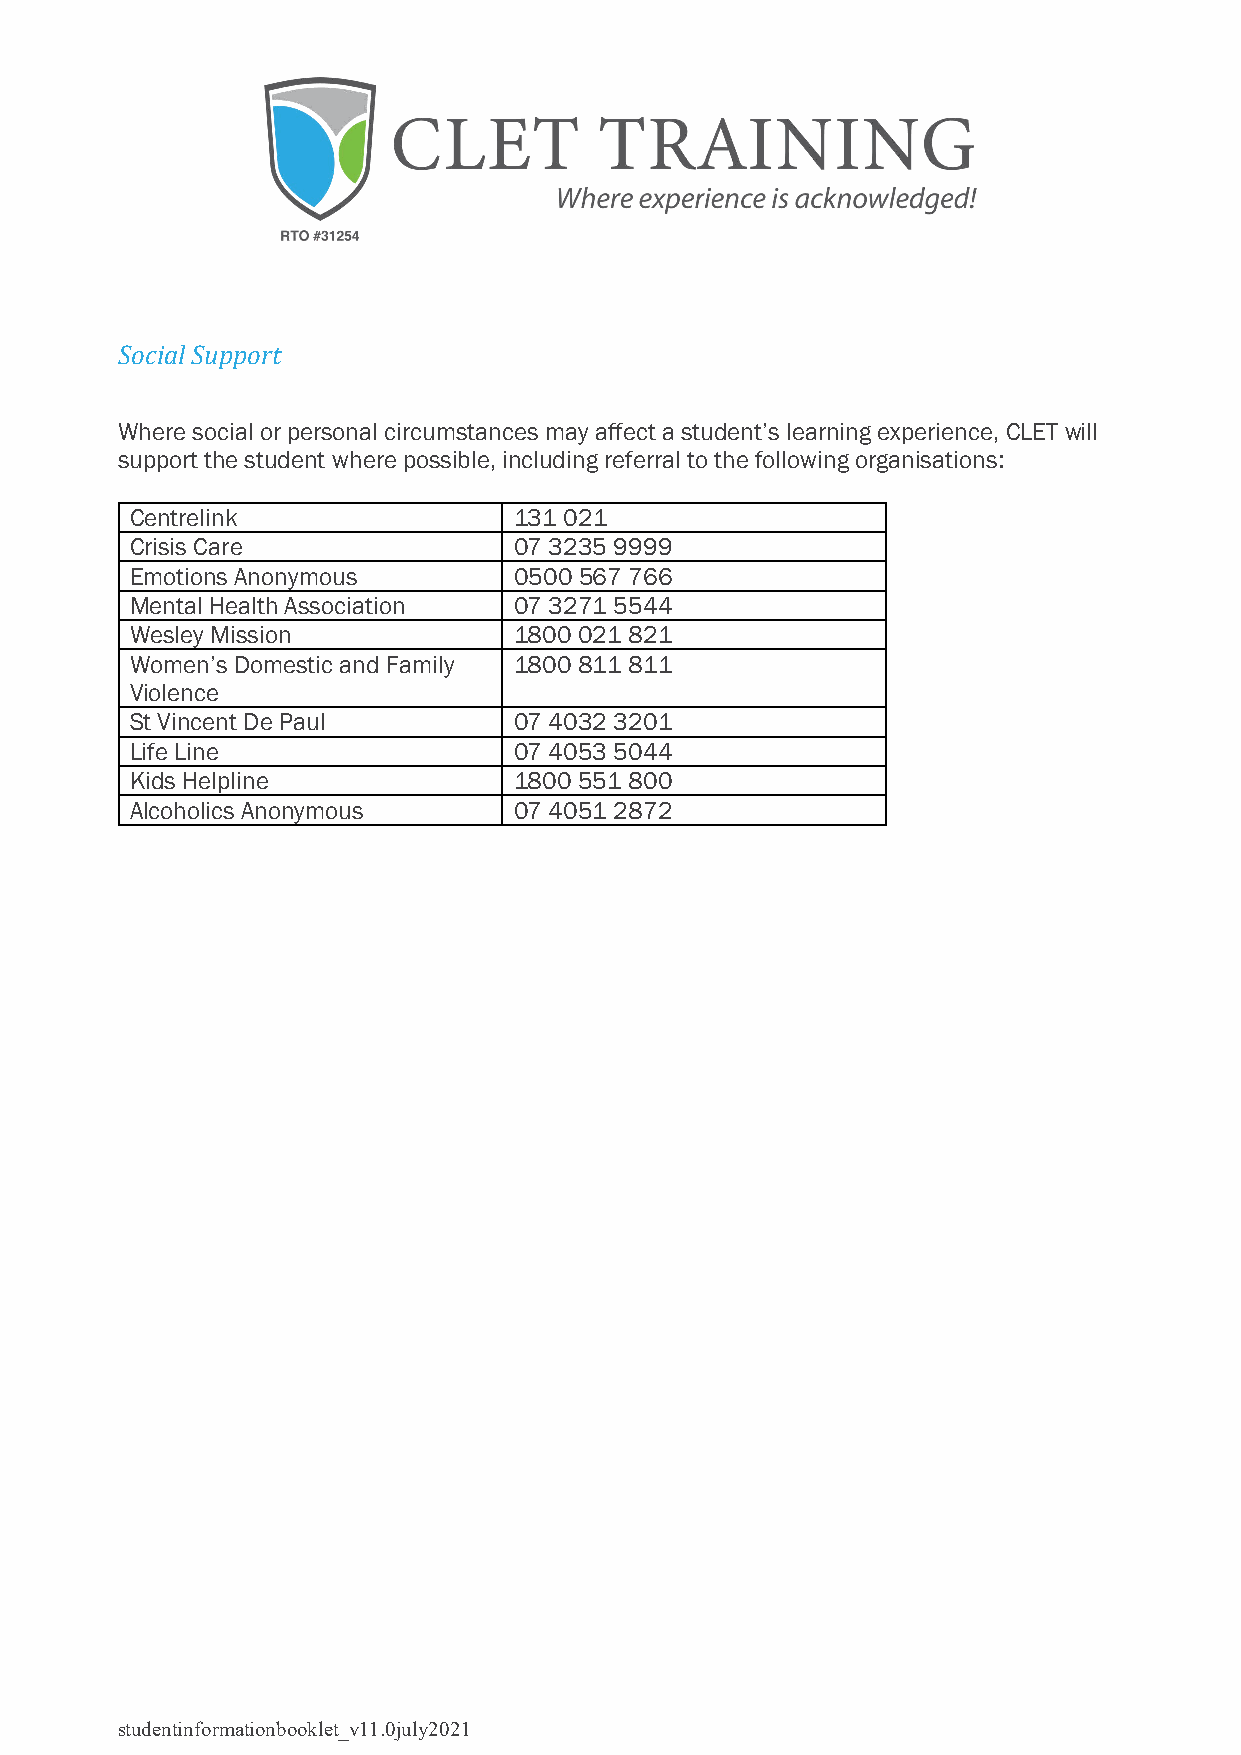
Social Support
 Where social or personal circumstances may affect a student’s learning experience, CLET will
 support the student where possible, including referral to the following organisations:
 Centrelink               131 021
 Crisis Care              07 3235 9999
 Emotions Anonymous       0500 567 766
 Mental Health Association 07 3271 5544
 Wesley Mission           1800 021 821
 Women’s Domestic and Family 1800 811 811
 Violence
 St Vincent De Paul       07 4032 3201
 Life Line                07 4053 5044
 Kids Helpline            1800 551 800
 Alcoholics Anonymous     07 4051 2872
 studentinformationbooklet_v11.0july2021